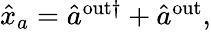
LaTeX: \begin{array}{r}{\hat{x}_{a}=\hat{a}^{\mathrm{{out}\dagger}}+\hat{a}^{\mathrm{{out}}},}\end{array}